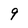
Character: 9